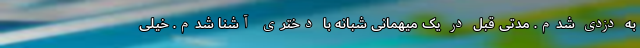
به دزدی شدم. مدتی قبل در یک میهمانی شبانه با دختری آشنا شدم. خیلی